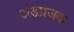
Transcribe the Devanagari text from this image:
अंडप्रजक